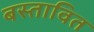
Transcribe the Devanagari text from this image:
बस्तावित